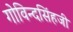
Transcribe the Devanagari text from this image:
गोविन्दसिंहजी